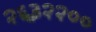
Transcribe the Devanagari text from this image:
२६३२२००